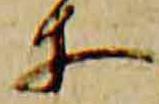
等